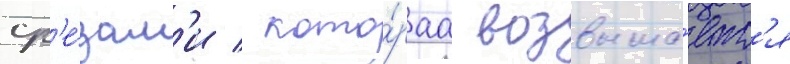
ср'е́зам'и / кото́раа возвыша́етс'я